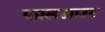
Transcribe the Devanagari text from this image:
फालआउट